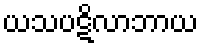
ယသပဋိလာဘာယ